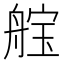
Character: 𮎓